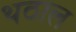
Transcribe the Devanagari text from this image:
थठाल